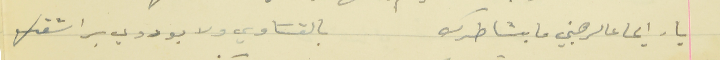
يا رايحا عالرهبني ما بشاطرك                                    بالقسَاوي ولا بوردي براشقك